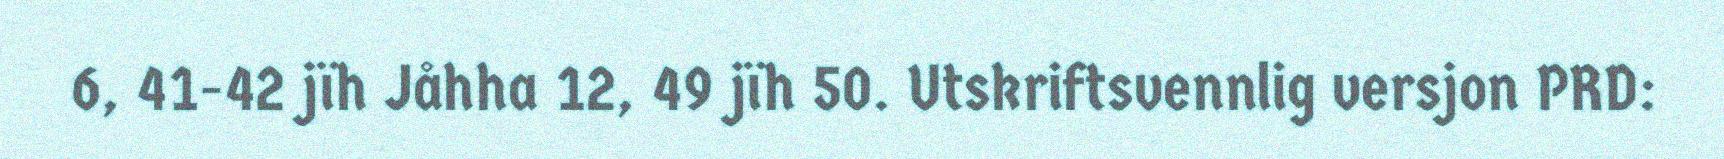
6, 41-42 jïh Jåhha 12, 49 jïh 50. Utskriftsvennlig versjon PRD: